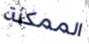
الممكنة